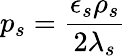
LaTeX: p_{s}=\frac{\epsilon_{s}\rho_{s}}{2\lambda_{s}}